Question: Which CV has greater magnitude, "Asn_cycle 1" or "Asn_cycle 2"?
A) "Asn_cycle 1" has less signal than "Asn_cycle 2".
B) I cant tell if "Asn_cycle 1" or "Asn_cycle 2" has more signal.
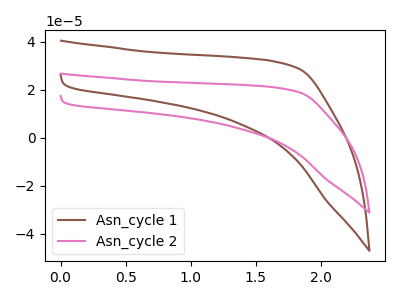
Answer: <think>The brown curve "Asn_cycle 1" has no peaks. The pink curve "Asn_cycle 2" has no peaks.
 Neither "Asn_cycle 1" or "Asn_cycle 2" have any peaks.</think>
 <answer>B) I cant tell if "Asn_cycle 1" or "Asn_cycle 2" has more signal.</answer>
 <eval>B</eval>